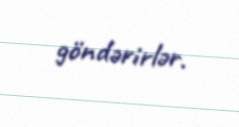
göndərirlər.